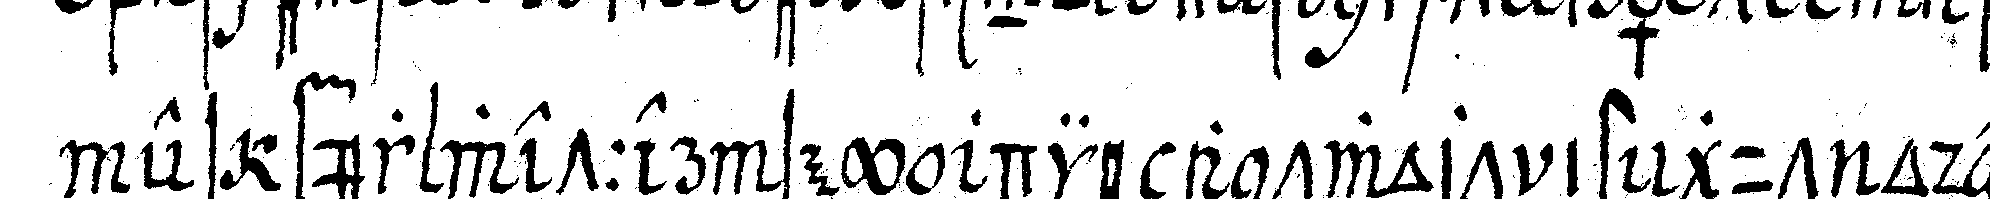
es für wetter sey die antwort ist gut oder